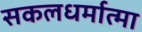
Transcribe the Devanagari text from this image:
सकलधर्मात्मा